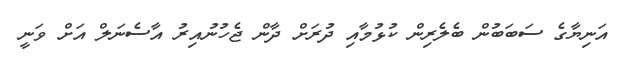
އަނިޔާގެ ސަބަބުން ބެލެރިން ކުޅުމާއި ދުރަށް ދާން ޖެހުނުއިރު އާސެނަލް އަށް ވަނީ